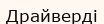
Драйверді